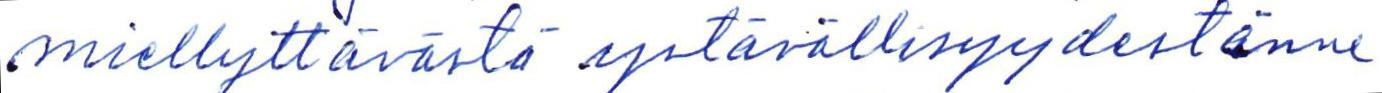
miellyttävästä ystävällisyydestänne